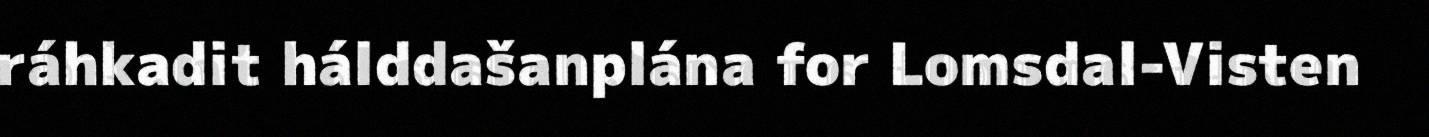
ráhkadit hálddašanplána for Lomsdal-Visten